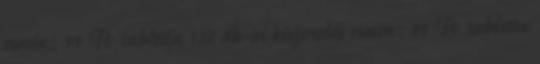
esetén: 99 Ft tabletta 120 db-os kiszerelés esetén: 81 Ft tabletta